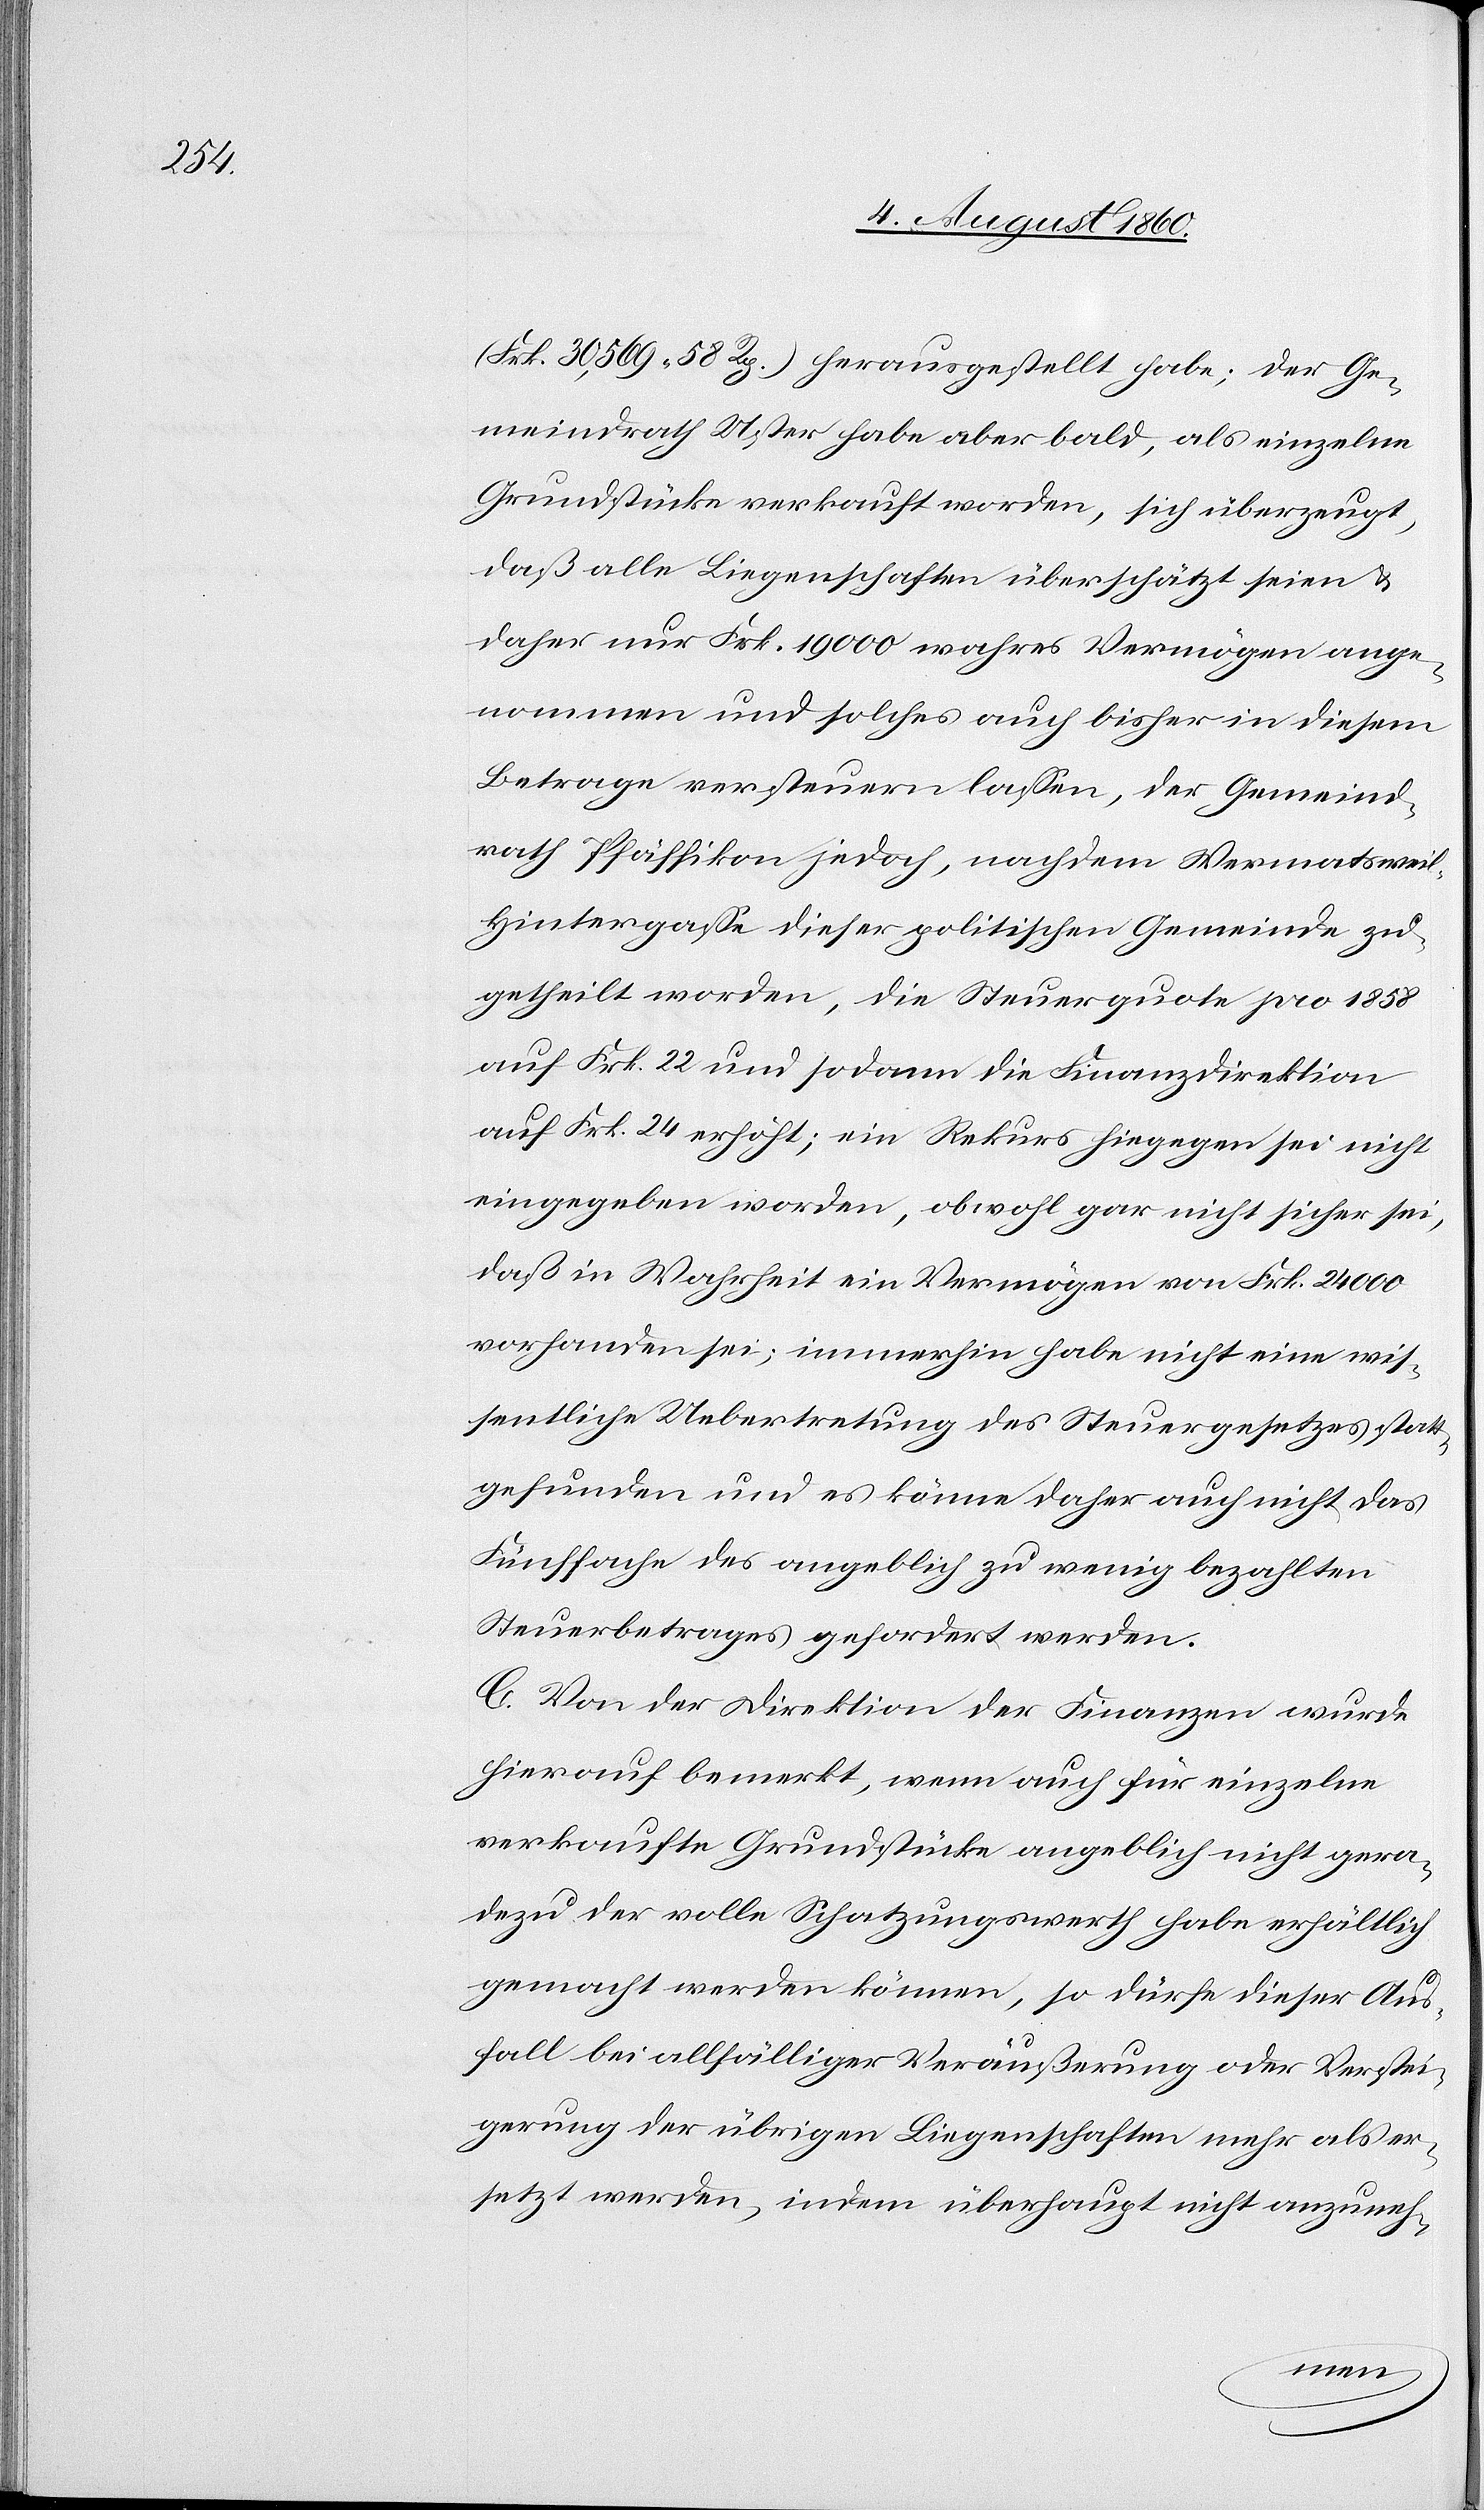
(Frk. 30,569 58C) herausgestellt habe; der Ge¬
meindrath Uster habe aber bald, als einzelne
Grundstücke verkauft worden, sich überzeugt,
daß alle Liegenschaften überschätzt seien und
daher nur Frk. 19,000 wahres Vermögen ange¬
nommen und solches auch bisher in diesem
Betrage versteuern lassen, der Gemeind¬
rath Pfäffikon jedoch, nachdem Wermatswei¬
l-Hintergasse dieser politischen Gemeinde zu¬
getheilt worden, die Steuerquote pro 1858
auf Frk. 22 und sodann die Finanzdirektion
auf Frk. 24 erhöht; ein Rekurs hiegegen sei nicht
eingegeben worden, obwohl gar nicht sicher sei,
dass in Wahrheit ein Vermögen von Frk. 24,000
vorhanden sei; immerhin habe nicht eine wis¬
sentliche Uebertretung des Steuergesetzes Statt
gefunden und es könne daher auch nicht das
Fünffache des angeblich zu wenig bezahlten
Steuerbetrages gefordert werden.
C. Von der Direktion der Finanzen wurde
hierauf bemerkt, wenn auch für einzelne
verkaufte Grundstücke angeblich nicht gera¬
dezu der volle Schatzungswerth habe erhältlich
gemacht werden können, so dürfe dieser Aus¬
fall bei allfälliger Veräusserung oder Verstei¬
gerung der übrigen Liegenschaften mehr als er¬
setzt werden, indem überhaupt nicht anzuneh-